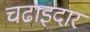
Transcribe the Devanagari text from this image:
चढाइदार